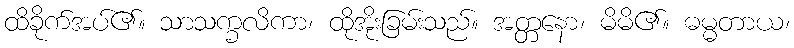
ထိခိုက်အပ်၏။ သာသက္ခလိကာ၊ ထိုအိုးခြမ်းသည်။ အတ္တနော၊ မိမိ၏။ ဓမ္မတာယ၊